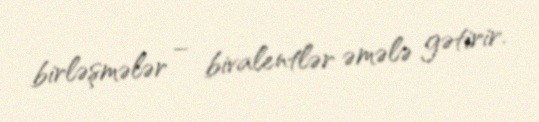
birləşmələr – bivalentlər əmələ gətirir.